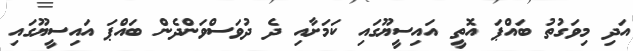
އަދި މިވަގުތު ބައްޕަ އޮތީ އައިސީޔޫގައި ކަމަށާއި ދެ ދުވަސްވަންދެން ބައްޕަ އައިސީޔޫގައި